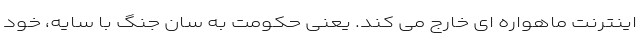
اینترنت ماهواره ای خارج می کند. یعنی حکومت به سان جنگ با سایه، خود